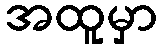
အထူမှာ